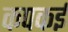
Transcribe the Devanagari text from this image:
कपकई